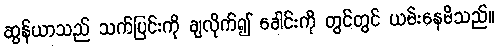
ဆွန်ယာသည် သက်ပြင်းကို ချလိုက်၍ ခေါင်းကို တွင်တွင် ယမ်းနေမိသည်။